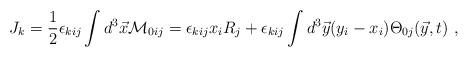
LaTeX: \begin{align*}J_k={1\over 2}\epsilon_{kij}\int d^3\vec{x}{\cal M}_{0ij} =\epsilon_{kij}x_iR_j+\epsilon_{kij}\int d^3\vec{y}(y_i-x_i)\Theta_{0j}(\vec{y},t)~,\end{align*}